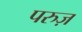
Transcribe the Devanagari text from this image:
परुज़